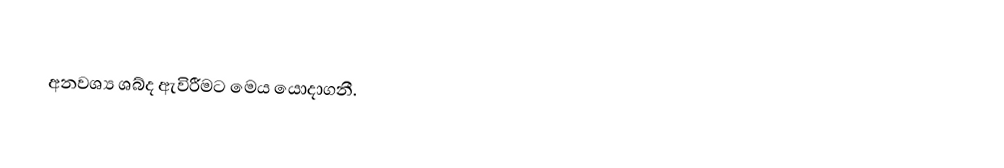
අනවශ්‍ය ශබ්ද ඇවිරීමට මෙය යොදාගනී.